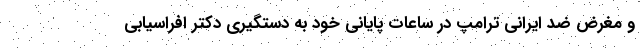
و مغرض ضد ایرانی ترامپ در ساعات پایانی خود به دستگیری دکتر افراسیابی